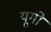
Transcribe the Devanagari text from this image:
यूगो